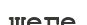
шеге